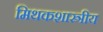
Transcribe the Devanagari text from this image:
मिथकशास्त्रीय